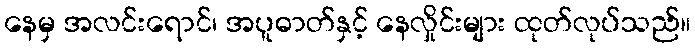
နေမှ အလင်းရောင်၊ အပူဓာတ်နှင့် နေလှိုင်းများ ထုတ်လုပ်သည်။